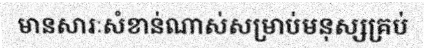
មានសារៈសំខាន់ណាស់សម្រាប់មនុស្សគ្រប់